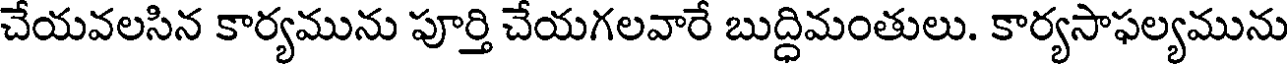
చేయవలసిన కార్యమును పూర్తి చేయగలవారే బుద్ధిమంతులు. కార్యసాఫల్యమును